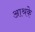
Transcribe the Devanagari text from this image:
आश्रके